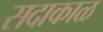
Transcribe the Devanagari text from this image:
सदाकाळ